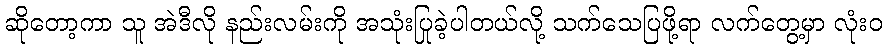
ဆိုတော့ကာ သူ အဲဒီလို နည်းလမ်းကို အသုံးပြုခဲ့ပါတယ်လို့ သက်သေပြဖို့ရာ လက်တွေ့မှာ လုံးဝ